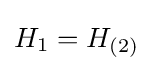
H_{1}=H_{(2)}